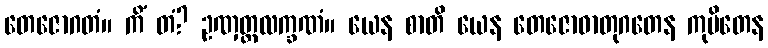
တေဇောဂတံ။ ကိံ တံ? ဥဏှတ္တလက္ခဏံ။ ယေန စာတိ ယေန တေဇောဓာတုဂတေန ကုပိတေန